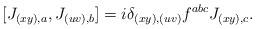
LaTeX: \begin{align*}[ J_{(xy), a}, J_{(uv), b} ] = i \delta_{(xy),(uv)} f^{abc} J_{(xy), c}.\end{align*}